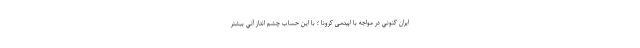
ايران كنوني در مواجه با اپیدمی کرونا ؛ با این حساب چشم انداز آتي بیشتر